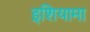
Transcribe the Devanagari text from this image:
इशियामा